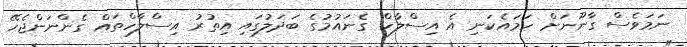
ނަމަވެސް ގާނޫނަށް ހަމައެކަނި އެ އިސްލާހް ގެނައުމުގެ ބަދަލުގައި އިތުރު އިސްލާހްތައް ގެންނަންޖެހޭ